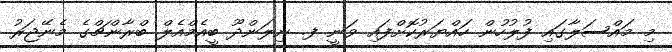
މި މައްސަލާގައި ފުލުހުން ހައްޔަރުކޮށްފައި ވަނީ ފ. ނިލަންދޫ ބީއެމްއެލް ބްރާންޗްގެ މެނޭޖަރު